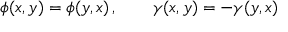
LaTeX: \phi ( x , y ) = \phi ( y , x ) \, , \qquad \gamma ( x , y ) = - \gamma ( y , x ) \,